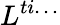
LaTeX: L^{ti\ldots}